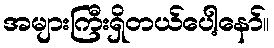
အများကြီးရှိတယ်ပေါ့နော်။